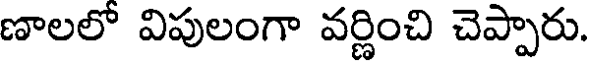
ణాలలో విపులంగా వర్ణించి చెప్పారు.